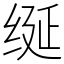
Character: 𫄧